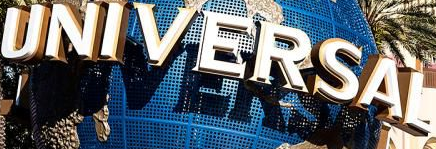
UNIVERSAL